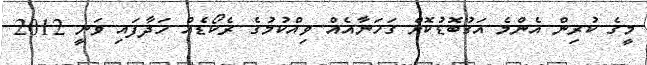
މީގެ ކުރިން އެންމެ އަގުބޮޑުކޮށް ގަހަނާއެއް ވިއްކުމުގެ ރެކޯޑެއް ހަދާފައި ވަނީ 2012